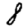
Digit: 8